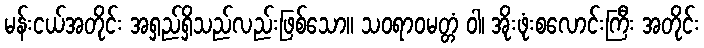
မန်းငယ်အတိုင်း အရှည်ရှိသည်လည်းဖြစ်သော။ သဝရာဝမတ္တံ ဝါ၊ အိုးဖုံးစလောင်းကြီး အတိုင်း